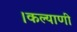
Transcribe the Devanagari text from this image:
।कल्याणी